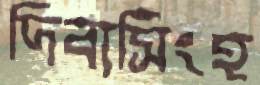
দিব্যসিংহ